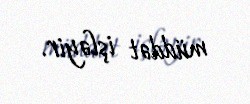
müddət işləyir.